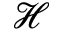
\mathcal { H }